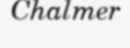
Chalmer